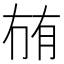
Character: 𭁬